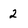
Character: 2